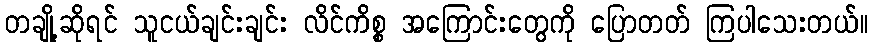
တချို့ဆိုရင် သူငယ်ချင်းချင်း လိင်ကိစ္စ အကြောင်းတွေကို ပြောတတ် ကြပါသေးတယ်။